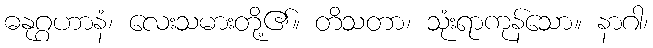
ဓနုဂ္ဂဟာနံ၊ လေးသမားတို့၏။ တိသတာ၊ သုံးရာကုန်သော။ နာဂါ၊